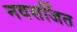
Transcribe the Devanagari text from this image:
नवसर्जित